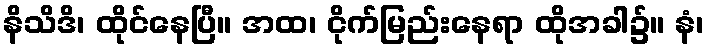
နိသိဒိ၊ ထိုင်နေပြီ။ အထ၊ ငိုက်မြည်းနေရာ ထိုအခါ၌။ နံ၊